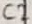
Text: C2